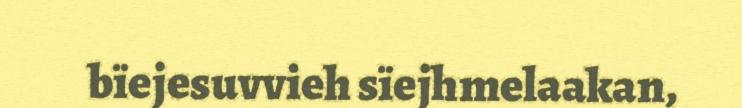
bïejesuvvieh sïejhmelaakan,